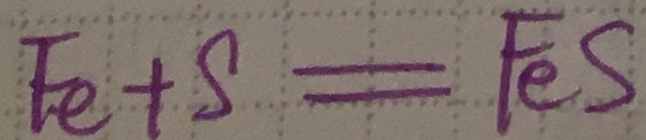
F e + S = F e S